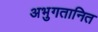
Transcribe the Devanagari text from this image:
अभुगतानित